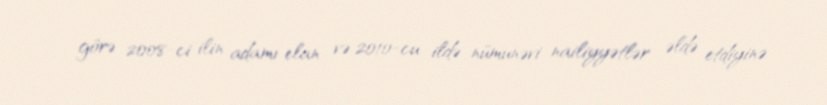
görə 2008-ci ilin adamı elan və 2010-cu ildə nümunəvi nailiyyətlər əldə etdiyinə